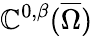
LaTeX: \mathbb{C}^{0,\beta}({\overline{{{\Omega}}}})